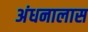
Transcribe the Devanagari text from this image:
अंधनालास